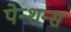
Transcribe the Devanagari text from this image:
पेन्शन्स